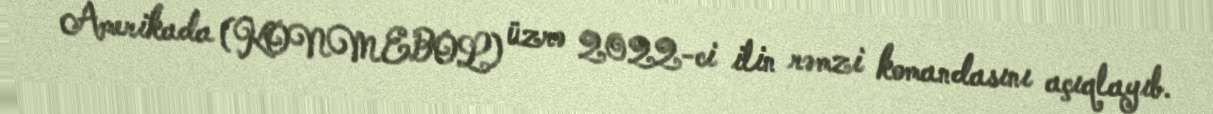
Amerikada (KONMEBOL) üzrə 2022-ci ilin rəmzi komandasını açıqlayıb.